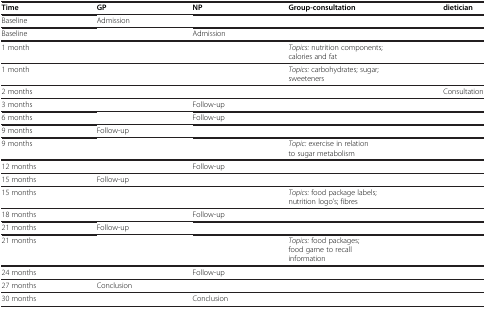
<table><thead><tr><td><b>Time</b></td><td><b>GP</b></td><td><b>NP</b></td><td><b>Group-consultation</b></td><td><b>dietician</b></td></tr></thead><tbody><tr><td>Baseline</td><td>Admission</td><td> </td><td> </td><td> </td></tr><tr><td>Baseline</td><td> </td><td>Admission</td><td> </td><td> </td></tr><tr><td>1 month</td><td> </td><td> </td><td><i>Topics:</i> nutrition components; calories and fat</td><td> </td></tr><tr><td>1 month</td><td> </td><td> </td><td><i>Topics:</i> carbohydrates; sugar; sweeteners</td><td> </td></tr><tr><td>2 months</td><td> </td><td> </td><td> </td><td>Consultation</td></tr><tr><td>3 months</td><td> </td><td>Follow-up</td><td> </td><td> </td></tr><tr><td>6 months</td><td> </td><td>Follow-up</td><td> </td><td> </td></tr><tr><td>9 months</td><td>Follow-up</td><td> </td><td> </td><td> </td></tr><tr><td>9 months</td><td> </td><td> </td><td><i>Topic:</i> exercise in relation to sugar metabolism</td><td> </td></tr><tr><td>12 months</td><td> </td><td>Follow-up</td><td> </td><td> </td></tr><tr><td>15 months</td><td>Follow-up</td><td> </td><td> </td><td> </td></tr><tr><td>15 months</td><td> </td><td> </td><td><i>Topics:</i> food package labels; nutrition logo’s; fibres</td><td> </td></tr><tr><td>18 months</td><td> </td><td>Follow-up</td><td> </td><td> </td></tr><tr><td>21 months</td><td>Follow-up</td><td> </td><td> </td><td> </td></tr><tr><td>21 months</td><td> </td><td> </td><td><i>Topics:</i> food packages; food game to recall information</td><td> </td></tr><tr><td>24 months</td><td> </td><td>Follow-up</td><td> </td><td> </td></tr><tr><td>27 months</td><td>Conclusion</td><td> </td><td> </td><td> </td></tr><tr><td>30 months</td><td> </td><td>Conclusion</td><td> </td><td> </td></tr></tbody></table>